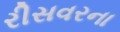
રીસવરના